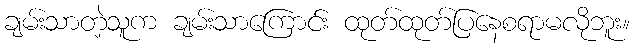
ချမ်းသာတဲ့သူက ချမ်းသာကြောင်း ထုတ်ထုတ်ပြနေစရာမလိုဘူး။